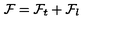
{ \mathcal F } = { \mathcal F } _ { t } + { \mathcal F } _ { l }